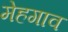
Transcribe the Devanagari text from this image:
मेहगाव